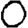
Digit: 0